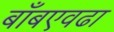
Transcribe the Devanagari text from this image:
बाँबएवढा